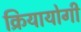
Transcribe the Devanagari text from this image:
क्रियायोगी